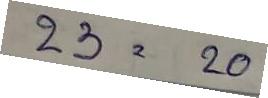
23 = 20